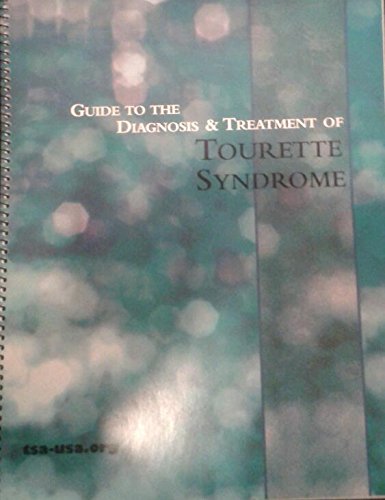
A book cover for Guide to the Diagnosis and Treatment of Tourette's Syndrome; Ruth Dowling Bruun; Health, Fitness & Dieting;